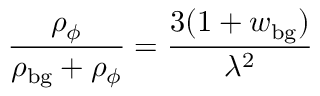
\frac { \rho _ { \phi } } { \rho _ { \mathrm { b g } } + \rho _ { \phi } } = \frac { 3 ( 1 + w _ { \mathrm { b g } } ) } { \lambda ^ { 2 } }